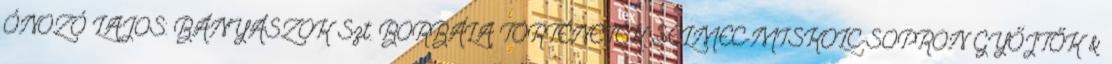
ÓNOZÓ LAJOS: BÁNYÁSZOK Szt. BORBÁLA TÖRTÉNETEK SELMEC-MISKOLC-SOPRON GYŐJTŐK &